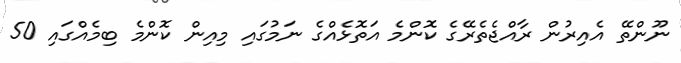
ނޫންތޭ އެއިރުން ރާއްޖެތެރޭގެ ކޮންމެ އަތޮޅެއްގެ ނަމުގައި މިއިން ކޮންމެ ބިމެއްގައި 50